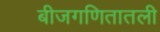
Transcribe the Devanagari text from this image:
बीजगणितातली